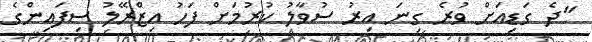
"ދެ ގަޑިއަށް ވުރެ ގިނަ އިރު ސުވާލު ކުރުމަށް ފަހު އިޒްރޭލު ސިފައިންގެ